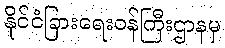
နိုင်ငံခြားရေးဝန်ကြီးဌာနမှ